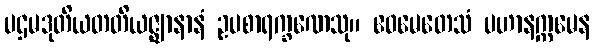
ပဌမဒုတိယတတိယဇ္ဈာနာနံ ဥပစာရက္ခဏေသု။ ဧဝမေတေသံ ပဟာနက္ကမေန